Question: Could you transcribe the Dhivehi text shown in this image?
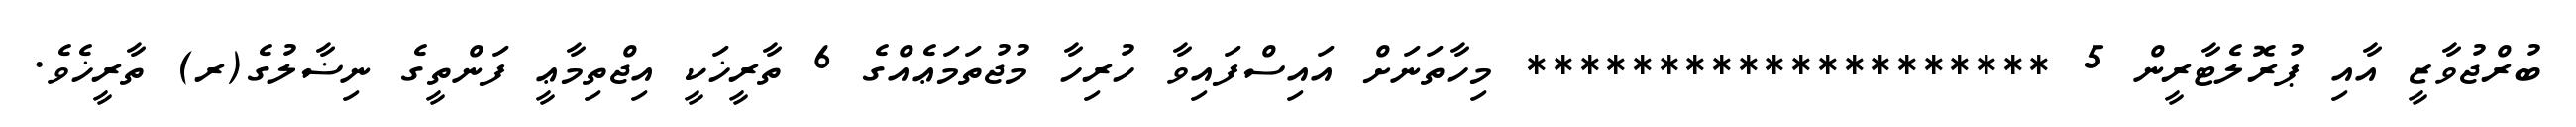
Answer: ބުރްޖުވާޒީ އާއި ޕުރޮލެޓާރީން 5 ******************** މިހާތަނަށް އައިސްފައިވާ ހުރިހާ މުޖުތަމަޢެއްގެ 6 ތާރީޚަކީ އިޖްތިމާޢީ ފަންތީގެ ނިޟާލުގެ(ރ) ތާރީޚެވެ.